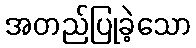
အတည်ပြုခဲ့သော